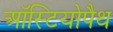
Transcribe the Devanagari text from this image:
ऑस्टियोपैथ